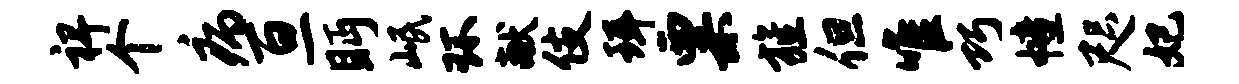
裨个病亘眄岷环献伎珥粟旌但唯巧幢咫妃